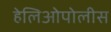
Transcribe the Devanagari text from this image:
हेलिओपोलीस